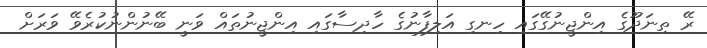
ރޭ ތިނަދޫގެ އިންޖީނުގޭގައި ހިނގި އަލިފާނުގެ ހާދިސާގައި އިންޖީނުތައް ވަނީ ބޭނުންނުކުރެވޭ ވަރަށް